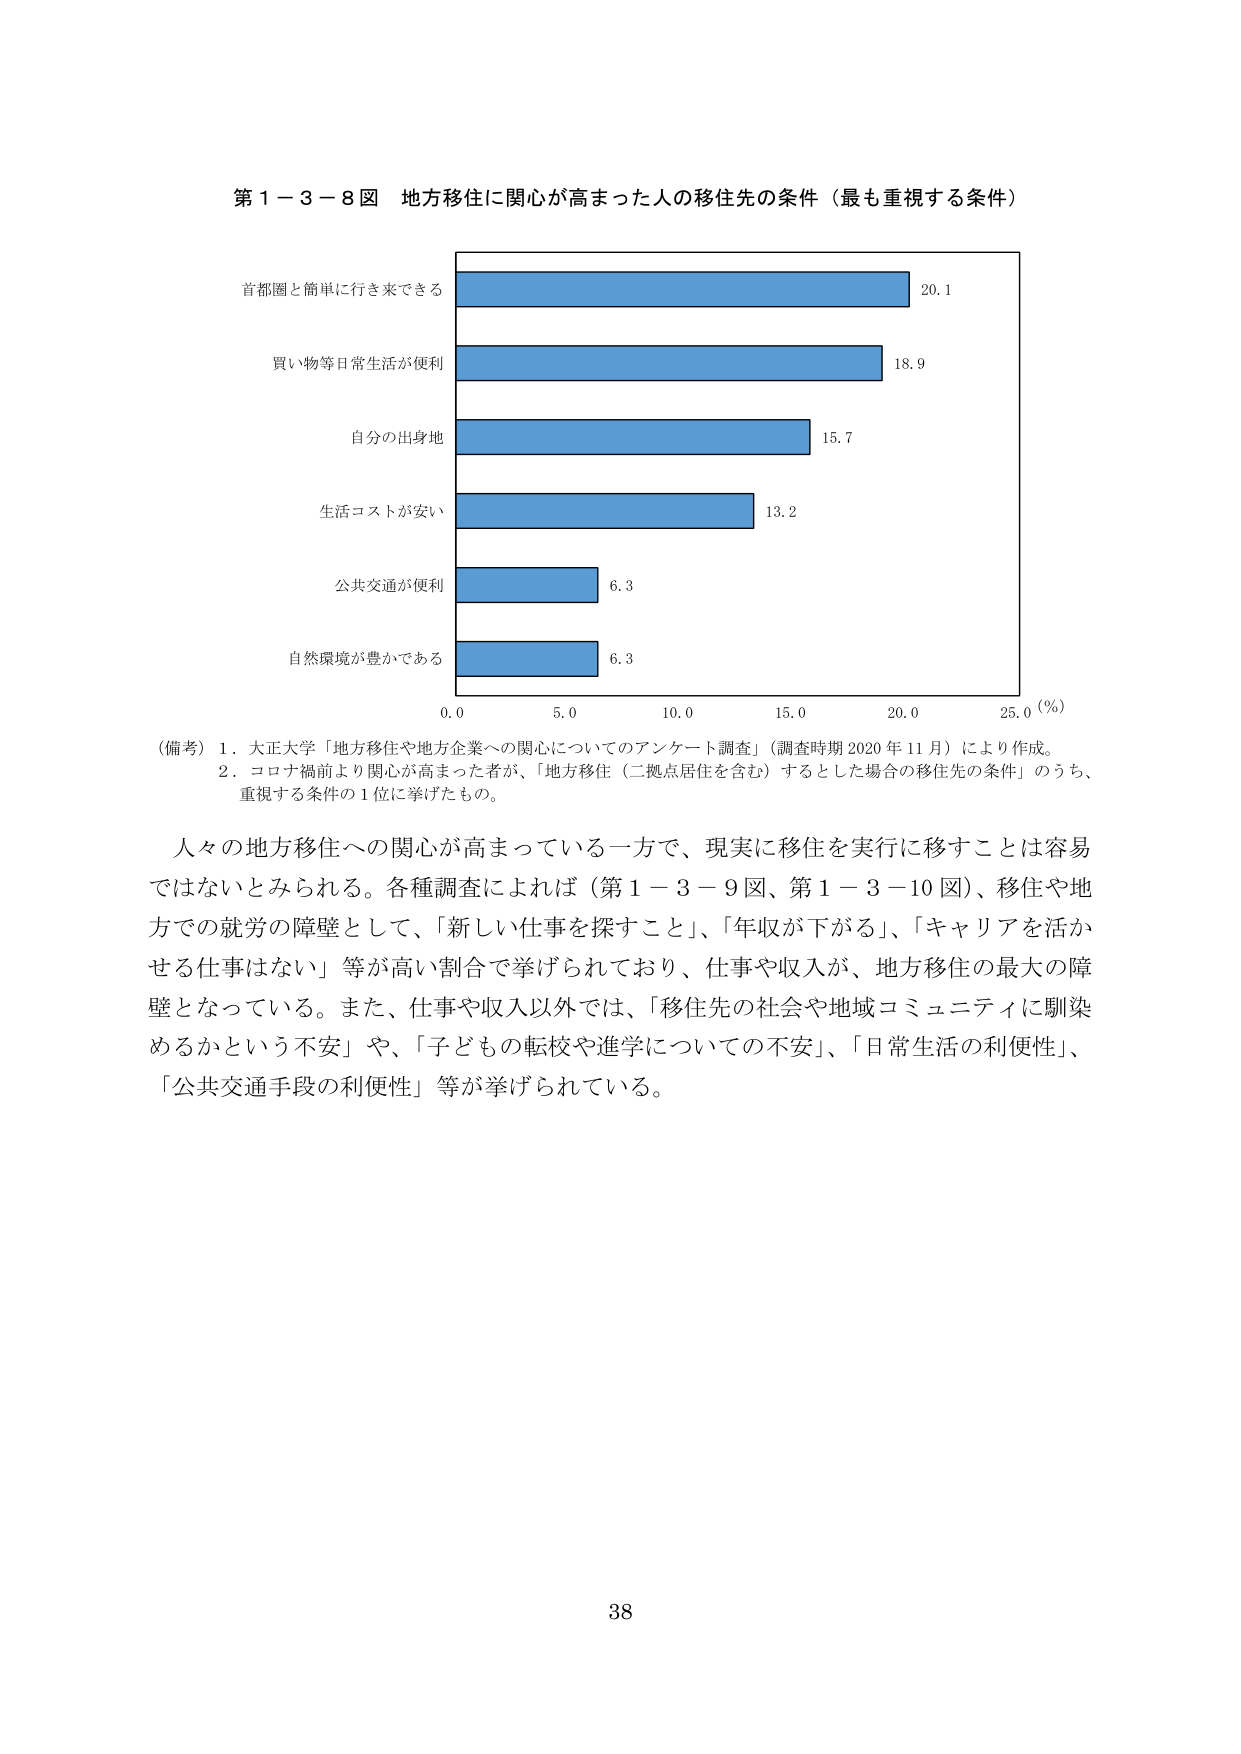
第１－３－８図 地方移住に関心が高まった人の移住先の条件（最も重視する条件）

首都圏と簡単に行き来できる 20.1
買い物等日常生活が便利 18.9
自分の出身地 15.7
生活コストが安い 13.2
公共交通が便利 6.3
自然環境が豊かである 6.3

0.0 5.0 10.0 15.0 20.0 25.0（％）

（備考）１．大正大学「地方移住や地方企業への関心についてのアンケート調査」（調査時期 2020 年 11 月）により作成。
　　　２．コロナ禍前より関心が高まった者が、「地方移住（二拠点居住を含む）するとした場合の移住先の条件」のうち、
　　　　重視する条件の１位に挙げたもの。

人々の地方移住への関心が高まっている一方で、現実に移住を実行に移すことは容易
ではないとみられる。各種調査によれば（第１－３－９図、第１－３－10図）、移住や地
方での就労の障壁として、「新しい仕事を探すこと」、「年収が下がる」、「キャリアを活か
せる仕事はない」等が高い割合で挙げられており、仕事や収入が、地方移住の最大の障
壁となっている。また、仕事や収入以外では、「移住先の社会や地域コミュニティに馴染
めるかという不安」や、「子どもの転校や進学についての不安」、「日常生活の利便性」、
「公共交通手段の利便性」等が挙げられている。

38